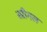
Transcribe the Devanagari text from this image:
स्प्रीगल